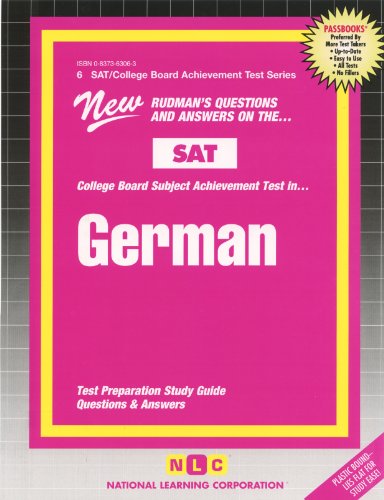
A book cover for GERMAN (SAT Subject Test Series) (Passbooks) (COLLEGE BOARD SAT SUBJECT TEST SERIES (SAT)); Jack Rudman; Test Preparation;